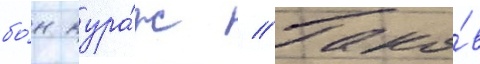
бо́н кура́ж // Тако́в